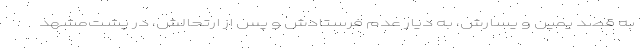
به قصد یمین و یسارش، به دیار عدم فرستادش و پس از ارتحالش، در پشت‌مشهد